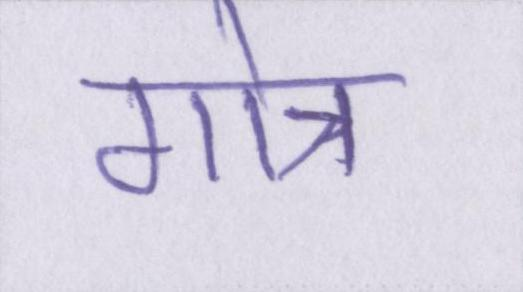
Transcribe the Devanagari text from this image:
गोत्र